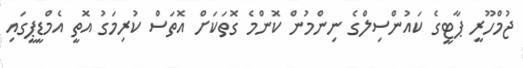
ޖުމްހޫރީ ޕާޓީގެ ކައުންސިލްގެ ނިންމުން ކޮންމެ ގޮތަކަށް އޮތަސް ކުރިމަގު އޮތީ އެމްޑީޕީގައި